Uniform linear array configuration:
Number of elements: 4
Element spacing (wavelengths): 1
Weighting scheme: blackman
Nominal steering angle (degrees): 0
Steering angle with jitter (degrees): -1.167
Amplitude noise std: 0.05
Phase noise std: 0.05

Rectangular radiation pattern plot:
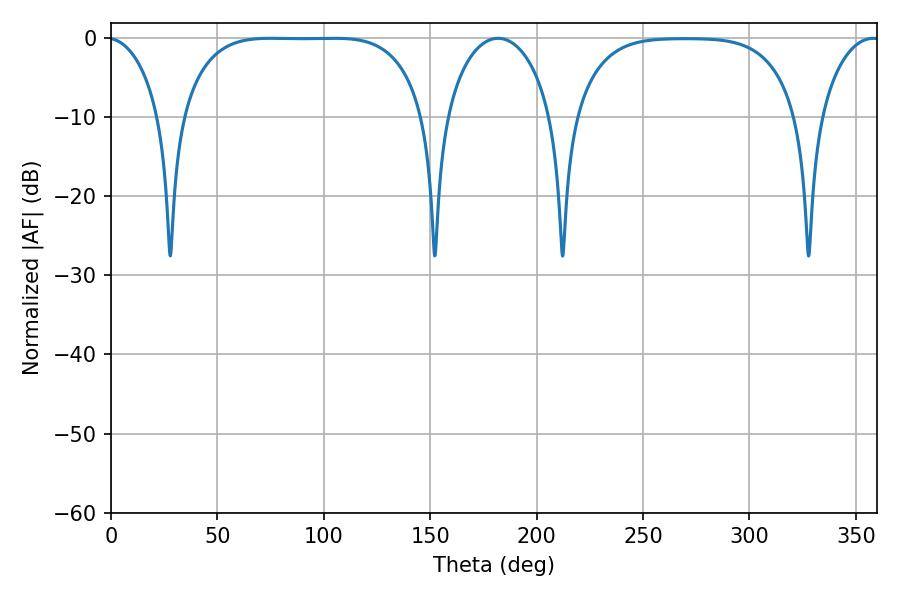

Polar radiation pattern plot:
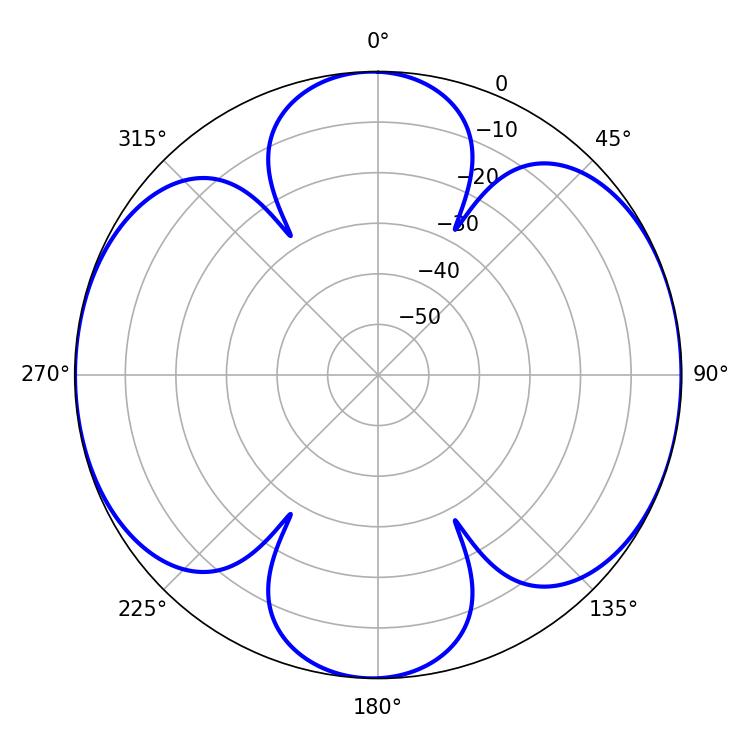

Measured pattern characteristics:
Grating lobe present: TRUE
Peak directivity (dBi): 11.647
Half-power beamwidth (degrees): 88.2
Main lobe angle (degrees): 75.24